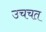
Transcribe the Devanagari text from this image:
उचचत